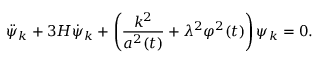
\ddot { \psi } _ { k } + 3 H \dot { \psi } _ { k } + \left( \frac { k ^ { 2 } } { a ^ { 2 } ( t ) } + \lambda ^ { 2 } \varphi ^ { 2 } ( t ) \right) \psi _ { k } = 0 .